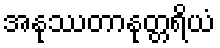
အနုဿတာနုတ္တရိယံ